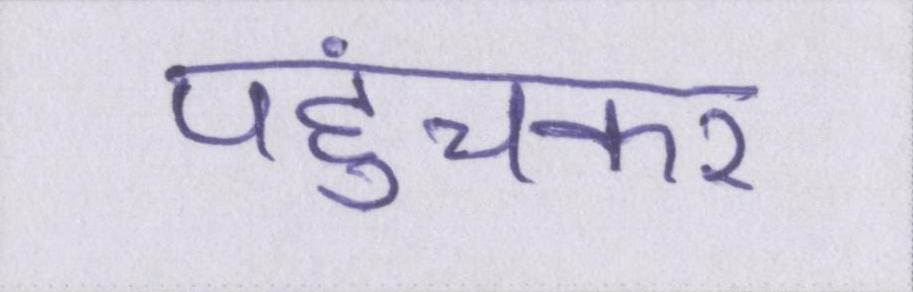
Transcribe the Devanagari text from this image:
पहुंचकर